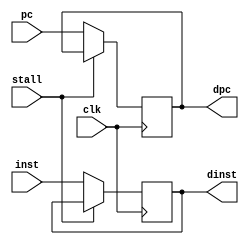
/**
    This modules implements the IF/ID pipeline register in our pipelined
        RV64 CPU. This is effectively just an array of D flip flops.
    @author BlackIsDevin (https://github.com/BlackIsDevin)

    @param pc input program counter from fetch stage
    @param inst input instruction from fetch stage
    @param clk input clock signal
    @param stall input signal for stalling the pipeline register
    @param dpc output program counter for decode stage
    @param dinst output instruction for decode stage
*/

module PipelineRegIFID (
    input [63:0] pc,
    input [63:0] inst,
    input clk,
    input stall,

    output reg [63:0] dpc,
    output reg [63:0] dinst
);

    always @(posedge clk) begin
        if (stall == 1'b0) begin
            dpc <= pc;
            dinst <= inst;
        end
    end

endmodule